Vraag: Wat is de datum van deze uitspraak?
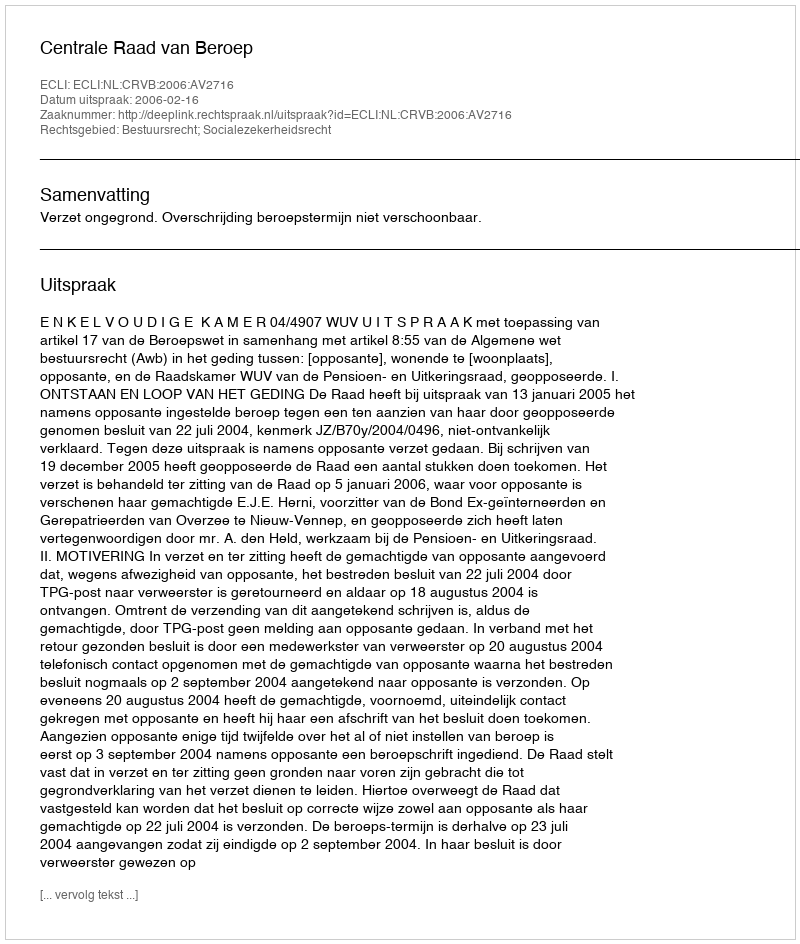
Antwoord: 2006-02-16